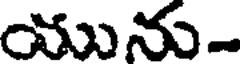
యును-